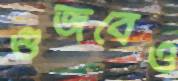
গুজবেও